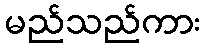
မည်သည်ကား